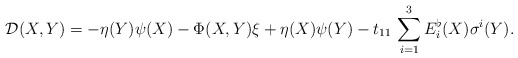
\begin{align*}\mathcal{D}(X,Y)=-\eta(Y)\psi(X)-\Phi(X,Y)\xi+\eta(X)\psi(Y)-t_{11}\, \sum_{i=1}^{3}E_{i}^{\flat}(X)\sigma^{i}(Y).\end{align*}